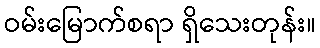
ဝမ်းမြောက်စရာ ရှိသေးတုန်း။